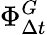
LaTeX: \Phi_{\Delta{t}}^{G}